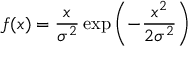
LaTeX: f ( x ) = { \frac { x } { \sigma ^ { 2 } } } \exp \left( - { \frac { x ^ { 2 } } { 2 \sigma ^ { 2 } } } \right)